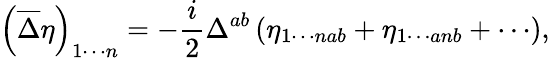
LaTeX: \left(\overline{{{\Delta}}}\eta\right)_{1\cdots n}=-\frac{i}{2}\Delta^{ab}\left(\eta_{1\cdots nab}+\eta_{1\cdots anb}+\cdots\right),